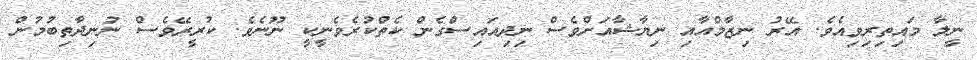
ނީލާ މައިތިރިވިއެވެ. އޭރު ނިޒާމްއާއި ނިޔާޝާއަށްވެސް ނިދިއައިސްގެން ކެތްކުރެވެނީކީ ނޫނެވެ. ކުރީރޭވެސް ނުނިދާތިބުމުން